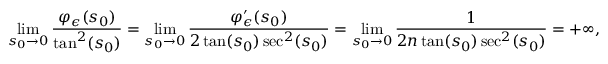
\operatorname* { l i m } _ { s _ { 0 } \to 0 } \frac { \varphi _ { \epsilon } ( s _ { 0 } ) } { \tan ^ { 2 } ( s _ { 0 } ) } = \operatorname* { l i m } _ { s _ { 0 } \to 0 } \frac { \varphi _ { \epsilon } ^ { \prime } ( s _ { 0 } ) } { { 2 \tan ( s _ { 0 } ) \sec ^ { 2 } ( s _ { 0 } ) } } = \operatorname* { l i m } _ { s _ { 0 } \to 0 } \frac { 1 } { 2 n \tan ( s _ { 0 } ) \sec ^ { 2 } ( s _ { 0 } ) } = + \infty ,